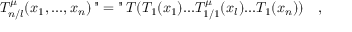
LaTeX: T _ { n / l } ^ { \mu } ( x _ { 1 } , . . . , x _ { n } ) \, " = " \, T ( T _ { 1 } ( x _ { 1 } ) . . . T _ { 1 / 1 } ^ { \mu } ( x _ { l } ) . . . T _ { 1 } ( x _ { n } ) ) \quad ,